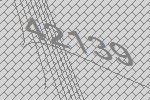
42139